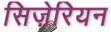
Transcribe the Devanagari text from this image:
सिज़ेरियन